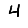
Digit: 4